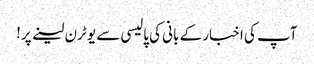
آپ کی اخبار کے بانی کی پالیسی سے یو ٹرن لینے پر!